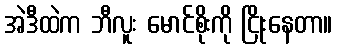
အဲဒီထဲက ဘီလူး မောင်စိုးကို ငြိုးနေတာ။